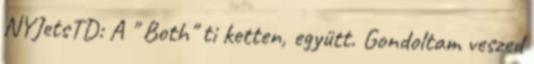
NYJetsTD: A " Both" ti ketten, együtt. Gondoltam veszed